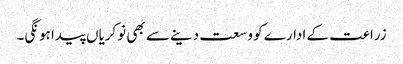
زراعت کے ادارے کو وسعت دینے سے بھی نوکریاں پیدا ہونگی۔